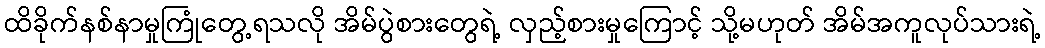
ထိခိုက်နစ်နာမှုကြုံတွေ့ရသလို အိမ်ပွဲစားတွေရဲ့ လှည့်စားမှုကြောင့် သို့မဟုတ် အိမ်အကူလုပ်သားရဲ့